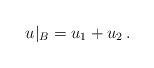
LaTeX: \begin{align*} u|_B= u_1 + u_2\, .\end{align*}